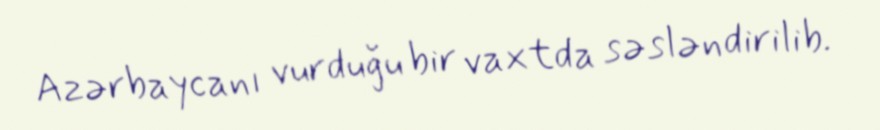
Azərbaycanı vurduğu bir vaxtda səsləndirilib.